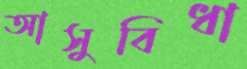
আসুবিধা